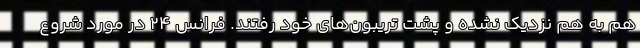
هم به هم نزدیک نشده و پشت تریبون‌های خود رفتند. فرانس 24 در مورد شروع